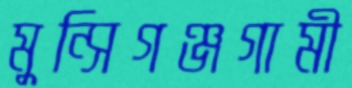
মুন্সিগঞ্জগামী